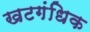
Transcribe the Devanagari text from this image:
खटगंधिक